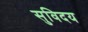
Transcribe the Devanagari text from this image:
सुविदय